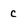
Character: c